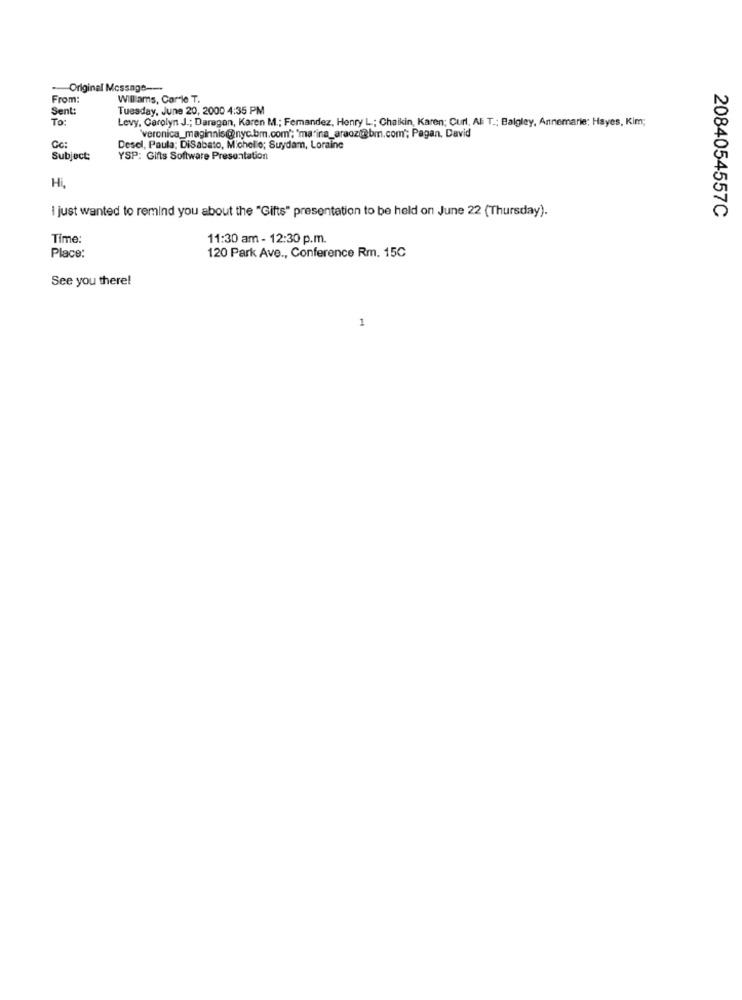
- Original Message ---
From:
Williams, Car le T.
Sent:
Tuesday, June 20, 2000 4:35 PM
To:
Levy, Carolyn J .; Daragan, Karen M .; Fernandez, Henry L .; Chaikin, Karen; Curl. AE T .; Balgley, Annemarie; Hayes, Kim;
'veronica_maginnis@nyc.bm.com'; 'marina_araozi@bm.com"; Pagan. David
Desel, Paula; DiSabato, Michelle; Suydam, Loraine
Subject:
YSP: Gifts Software Presentation
Hi,
I just wanted to remind you about the "Gifts" presentation to be held on June 22 (Thursday).
2084054557C
Time:
11:30 am - 12:30 p.m.
Place:
120 Park Ave ., Conference Rm. 15C
See you there!
1